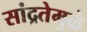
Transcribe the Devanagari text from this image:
सांद्रतेमुळे